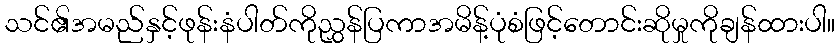
သင်၏အမည်နှင့်ဖုန်းနံပါတ်ကိုညွှန်ပြကာအမိန့်ပုံစံဖြင့်တောင်းဆိုမှုကိုချန်ထားပါ။